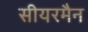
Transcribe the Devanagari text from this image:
सीयरमैन